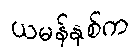
ယမန်နှစ်က